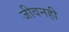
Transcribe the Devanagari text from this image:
जीवनही